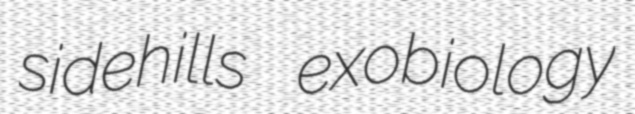
sidehills exobiology